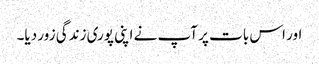
اور اس بات پر آپ نے اپنی پوری زندگی زور دیا۔